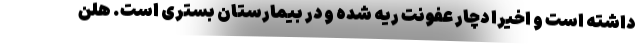
داشته است و اخیرا دچار عفونت ریه شده و در بیمارستان بستری است. هلن